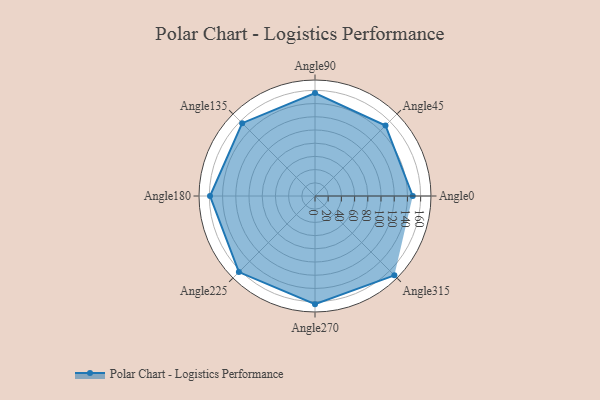
{"axis": {"x": "Angle", "y": "Radius"}, "legend": [""], "data": [{"x": "Angle0", "y": 148.0, "type": ""}, {"x": "Angle45", "y": 151.0, "type": ""}, {"x": "Angle90", "y": 156.0, "type": ""}, {"x": "Angle135", "y": 156.0, "type": ""}, {"x": "Angle180", "y": 159.0, "type": ""}, {"x": "Angle225", "y": 163.0, "type": ""}, {"x": "Angle270", "y": 164.0, "type": ""}, {"x": "Angle315", "y": 170.0, "type": ""}]}